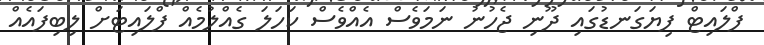
ފްލައިޓް ފިޔަގަނޑުގައި ދޫނި ޖެހުނު ނަމަވެސް އެއްވެސް ކަހަލަ ގެއްލުމެއް ފްލައިޓަށް ލިބިފައެއް